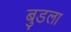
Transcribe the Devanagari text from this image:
बुडला